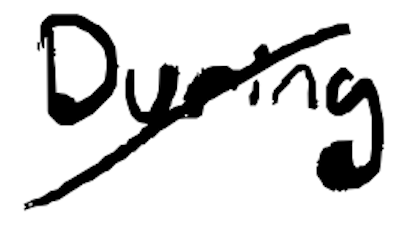
Text: During
Cross-out: diagonal
Writing tool: digital_black